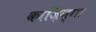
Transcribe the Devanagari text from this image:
काज़िन्गा